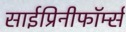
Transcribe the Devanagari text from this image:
साईप्रिनीफॉर्म्स